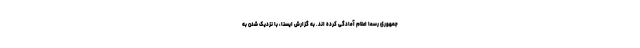
جمهوری رسما اعلام آمادگی کرده اند. به گزارش ایسنا، با نزدیک شدن به